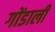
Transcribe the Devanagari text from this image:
गोंडाली